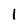
Character: l